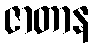
ဇာတာန